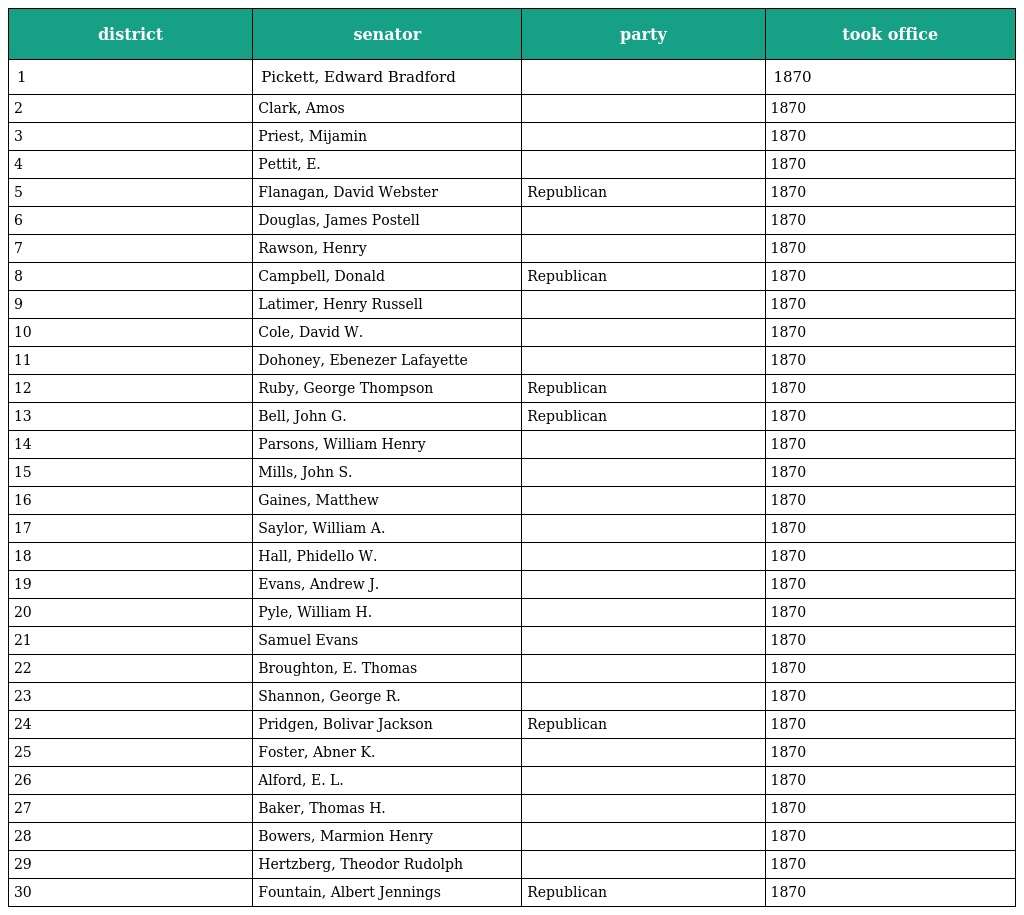
| district | senator | party | took office |
 | --- | --- | --- | --- |
 | 1 | Pickett, Edward Bradford |  | 1870 |
 | 2 | Clark, Amos |  | 1870 |
 | 3 | Priest, Mijamin |  | 1870 |
 | 4 | Pettit, E. |  | 1870 |
 | 5 | Flanagan, David Webster | Republican | 1870 |
 | 6 | Douglas, James Postell |  | 1870 |
 | 7 | Rawson, Henry |  | 1870 |
 | 8 | Campbell, Donald | Republican | 1870 |
 | 9 | Latimer, Henry Russell |  | 1870 |
 | 10 | Cole, David W. |  | 1870 |
 | 11 | Dohoney, Ebenezer Lafayette |  | 1870 |
 | 12 | Ruby, George Thompson | Republican | 1870 |
 | 13 | Bell, John G. | Republican | 1870 |
 | 14 | Parsons, William Henry |  | 1870 |
 | 15 | Mills, John S. |  | 1870 |
 | 16 | Gaines, Matthew |  | 1870 |
 | 17 | Saylor, William A. |  | 1870 |
 | 18 | Hall, Phidello W. |  | 1870 |
 | 19 | Evans, Andrew J. |  | 1870 |
 | 20 | Pyle, William H. |  | 1870 |
 | 21 | Samuel Evans |  | 1870 |
 | 22 | Broughton, E. Thomas |  | 1870 |
 | 23 | Shannon, George R. |  | 1870 |
 | 24 | Pridgen, Bolivar Jackson | Republican | 1870 |
 | 25 | Foster, Abner K. |  | 1870 |
 | 26 | Alford, E. L. |  | 1870 |
 | 27 | Baker, Thomas H. |  | 1870 |
 | 28 | Bowers, Marmion Henry |  | 1870 |
 | 29 | Hertzberg, Theodor Rudolph |  | 1870 |
 | 30 | Fountain, Albert Jennings | Republican | 1870 |